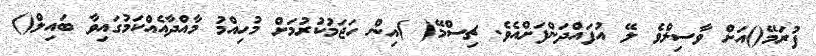
ފުރަމޭ()އަށް ވާސިލްވެ ލޭ އުފައްދަންފަށްއެވެ. ޗިސްމޭ( )އިން ހަޖަމުކުރުމަށް މުހިއްމު މާއްދާއެއްކަމުގައިވާ ބައިލް()